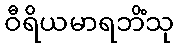
ဝီရိယမာရဘိံသု